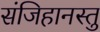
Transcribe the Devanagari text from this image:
संजिहानस्तु